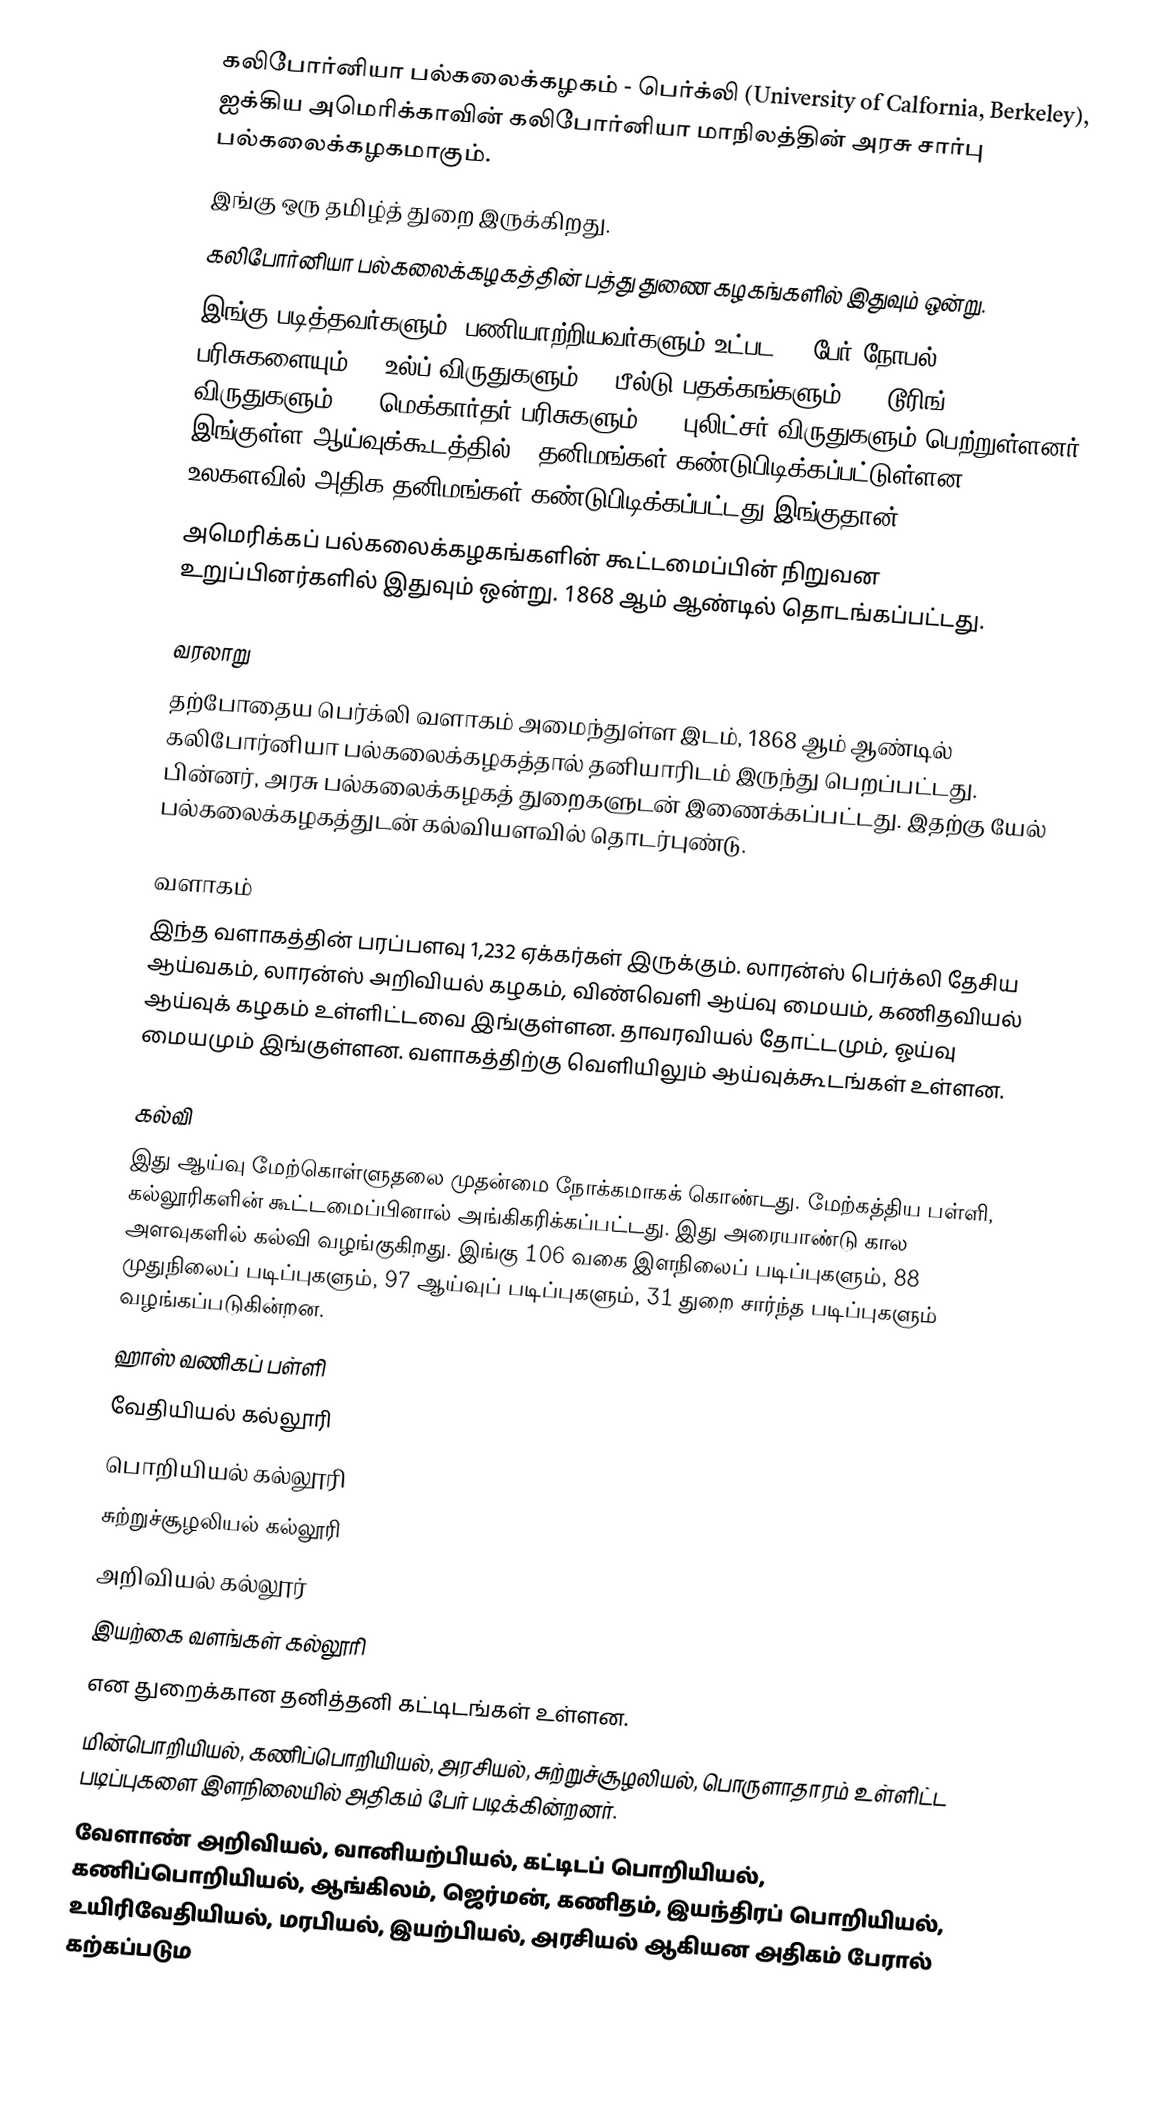
கலிபோர்னியா பல்கலைக்கழகம் - பெர்க்லி (University of Calfornia, Berkeley), ஐக்கிய அமெரிக்காவின் கலிபோர்னியா மாநிலத்தின் அரசு சார்பு பல்கலைக்கழகமாகும்.
இங்கு ஒரு தமிழ்த் துறை இருக்கிறது.
கலிபோர்னியா பல்கலைக்கழகத்தின் பத்து துணை கழகங்களில் இதுவும் ஒன்று.
இங்கு படித்தவர்களும், பணியாற்றியவர்களும் உட்பட 72 பேர் நோபல் பரிசுகளையும், 9 உல்ப் விருதுகளும், 7 பீல்டு பதக்கங்களும், 15 டூரிங் விருதுகளும், 45 மெக்கார்தர் பரிசுகளும், 11 புலிட்சர் விருதுகளும் பெற்றுள்ளனர். இங்குள்ள ஆய்வுக்கூடத்தில் 6 தனிமங்கள் கண்டுபிடிக்கப்பட்டுள்ளன. உலகளவில் அதிக தனிமங்கள் கண்டுபிடிக்கப்பட்டது இங்குதான்.
அமெரிக்கப் பல்கலைக்கழகங்களின் கூட்டமைப்பின் நிறுவன உறுப்பினர்களில் இதுவும் ஒன்று. 1868 ஆம் ஆண்டில் தொடங்கப்பட்டது.

வரலாறு
தற்போதைய பெர்க்லி வளாகம் அமைந்துள்ள இடம், 1868 ஆம் ஆண்டில் கலிபோர்னியா பல்கலைக்கழகத்தால் தனியாரிடம் இருந்து பெறப்பட்டது. பின்னர், அரசு பல்கலைக்கழகத் துறைகளுடன் இணைக்கப்பட்டது. இதற்கு யேல் பல்கலைக்கழகத்துடன் கல்வியளவில் தொடர்புண்டு.

வளாகம்
இந்த வளாகத்தின் பரப்பளவு 1,232 ஏக்கர்கள் இருக்கும். லாரன்ஸ் பெர்க்லி தேசிய ஆய்வகம், லாரன்ஸ் அறிவியல் கழகம், விண்வெளி ஆய்வு மையம், கணிதவியல் ஆய்வுக் கழகம் உள்ளிட்டவை இங்குள்ளன. தாவரவியல் தோட்டமும், ஓய்வு மையமும் இங்குள்ளன. வளாகத்திற்கு வெளியிலும் ஆய்வுக்கூடங்கள் உள்ளன.

கல்வி
இது ஆய்வு மேற்கொள்ளுதலை முதன்மை நோக்கமாகக் கொண்டது. மேற்கத்திய பள்ளி, கல்லூரிகளின் கூட்டமைப்பினால் அங்கிகரிக்கப்பட்டது. இது அரையாண்டு கால அளவுகளில் கல்வி வழங்குகிறது. இங்கு 106 வகை இளநிலைப் படிப்புகளும், 88 முதுநிலைப் படிப்புகளும், 97 ஆய்வுப் படிப்புகளும், 31 துறை சார்ந்த படிப்புகளும் வழங்கப்படுகின்றன.
ஹாஸ் வணிகப் பள்ளி
வேதியியல் கல்லூரி
பொறியியல் கல்லூரி
சுற்றுச்சூழலியல் கல்லூரி
அறிவியல் கல்லூர்
இயற்கை வளங்கள் கல்லூரி
என துறைக்கான தனித்தனி கட்டிடங்கள் உள்ளன.
மின்பொறியியல், கணிப்பொறியியல், அரசியல், சுற்றுச்சூழலியல், பொருளாதாரம் உள்ளிட்ட படிப்புகளை இளநிலையில் அதிகம் பேர் படிக்கின்றனர்.
வேளாண் அறிவியல், வானியற்பியல், கட்டிடப் பொறியியல், கணிப்பொறியியல், ஆங்கிலம், ஜெர்மன், கணிதம், இயந்திரப் பொறியியல், உயிரிவேதியியல், மரபியல், இயற்பியல், அரசியல் ஆகியன அதிகம் பேரால் கற்கப்படும